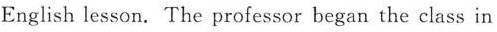
English lesson. The professor began the class in